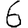
Digit: 6